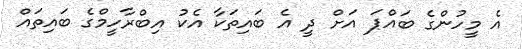
އެ މީހުންގެ ބައްޕަ އަށް ދީ އެ ބައިތަކާ އެކު އިބްރާހީމްގެ ބައިތައް